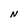
Character: N